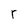
Character: r